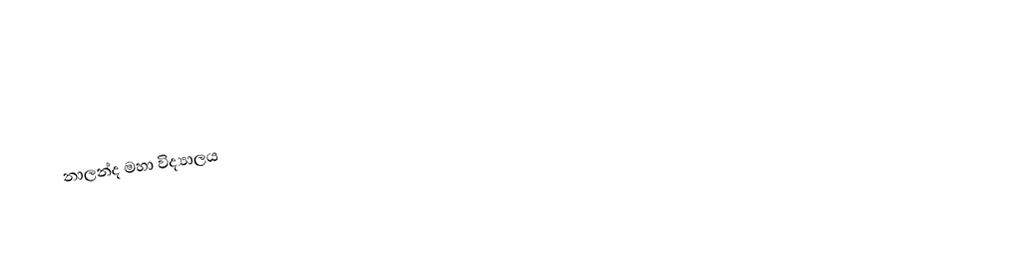
නාලන්ද මහා විද්‍යාලය